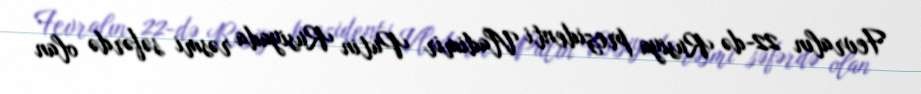
Fevralın 22-də Rusiya prezidenti Vladimir Putin Rusiyada rəsmi səfərdə olan